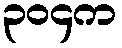
၃၀၄က